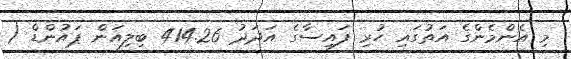
މި އެންމެންގެ އަތުގައި ހުރި ފައިސާގެ އަދަދު 414.26 ބިލިއަން ޕައުންޑް (